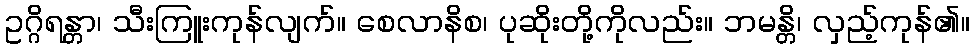
ဥဂ္ဂိရန္တာ၊ သီးကြူးကုန်လျက်။ စေလာနိစ၊ ပုဆိုးတို့ကိုလည်း။ ဘမန္တိ၊ လှည့်ကုန်၏။